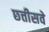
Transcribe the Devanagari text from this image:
छत्तीसवे